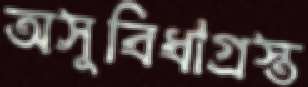
অসুবিধাগ্রস্ত